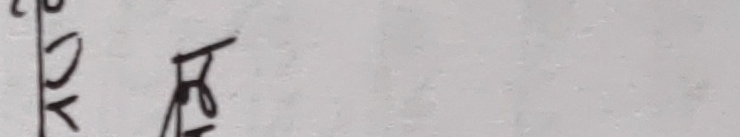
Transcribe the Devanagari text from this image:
दिए